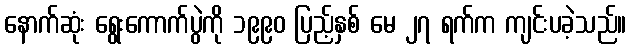
နောက်ဆုံး ရွေးကောက်ပွဲကို ၁၉၉၀ ပြည့်နှစ် မေ ၂၇ ရက်က ကျင်းပခဲ့သည်။